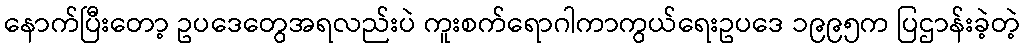
နောက်ပြီးတော့ ဥပဒေတွေအရလည်းပဲ ကူးစက်ရောဂါကာကွယ်ရေးဥပဒေ ၁၉၉၅က ပြဌာန်းခဲ့တဲ့